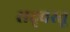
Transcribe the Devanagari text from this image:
सद्‌वस्तू